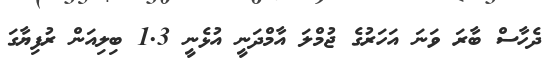
ދެހާސް ބާރަ ވަނަ އަހަރުގެ ޖުމްލަ އާމްދަނީ އުޅެނީ 1.3 ބިލިއަން ރުފިޔާގަ